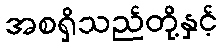
အစရှိသည်တို့နှင့်